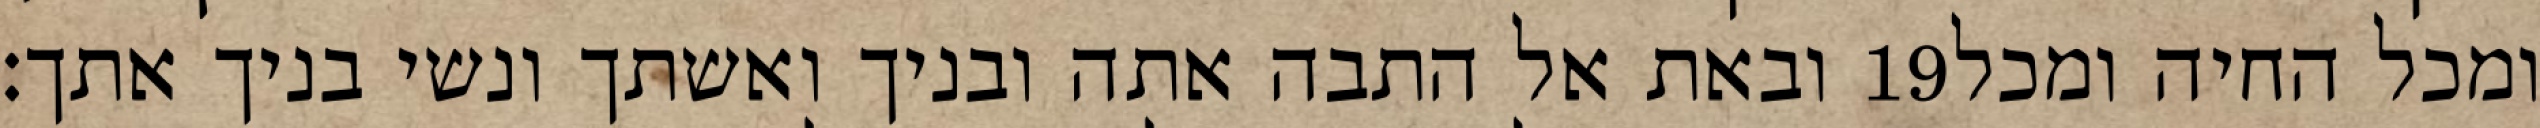
ובאת אל התבה אתה ובניך ואשתך ונשי בניך אתך׃ ‎19‏ ומכל החיה ומכל